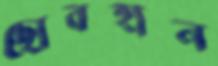
ছোবহান